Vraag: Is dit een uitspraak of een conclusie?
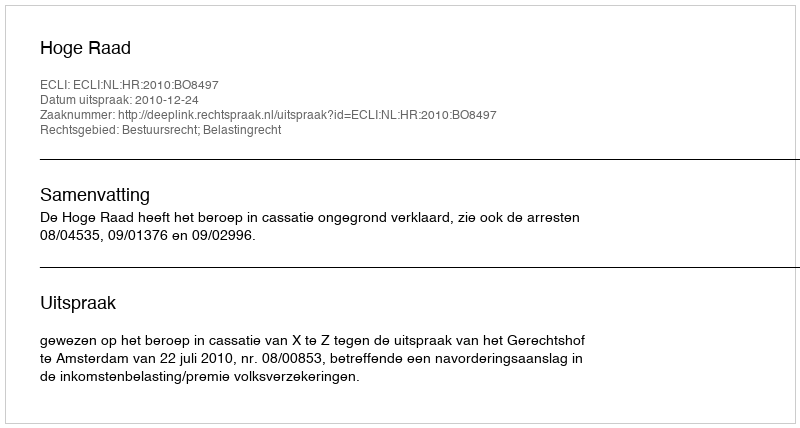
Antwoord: Uitspraak